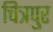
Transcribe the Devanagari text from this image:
चित्रपुर